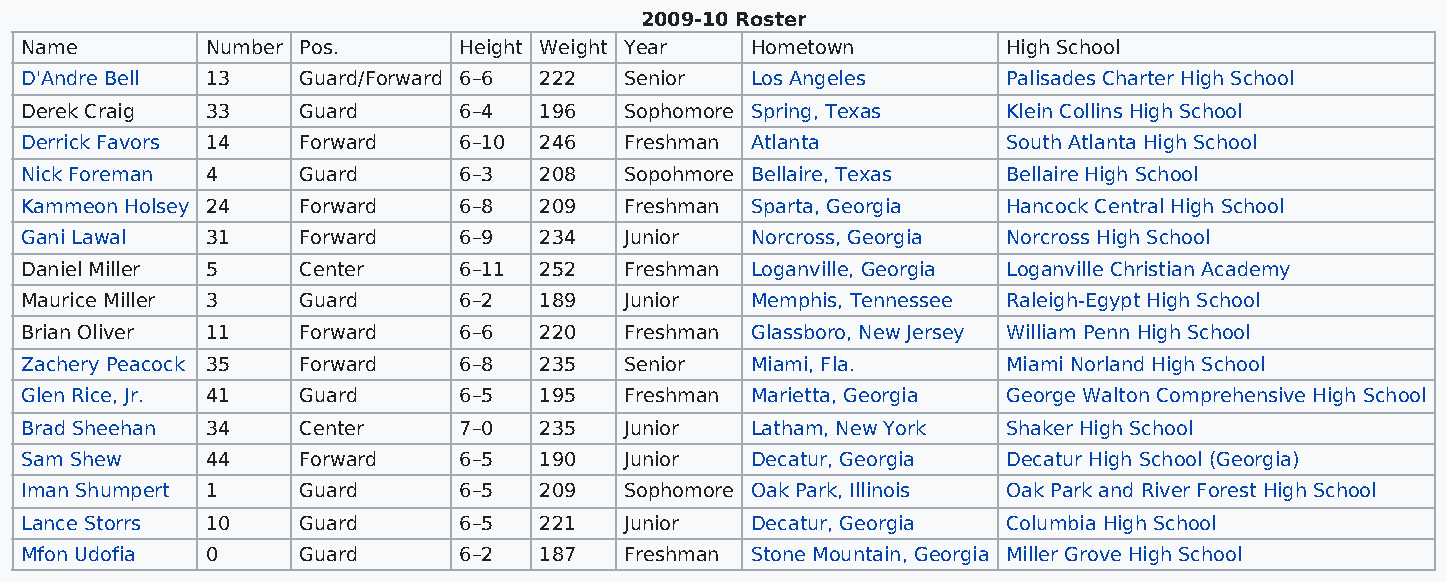
2009-10 Roster
 Name         Number Pos.     Height Weight Year  Hometown         High School
 D'Andre Bell 13    Guard/Forward 6–6 222 Senior  Los Angeles      Palisades Charter High School
 Derek Craig  33    Guard     6–4   196  Sophomore Spring, Texas   Klein Collins High School
 Derrick Favors 14  Forward   6–10  246  Freshman Atlanta          South Atlanta High School
 Nick Foreman 4     Guard     6–3   208  Sopohmore Bellaire, Texas Bellaire High School
 Kammeon Holsey 24  Forward   6–8   209  Freshman Sparta, Georgia  Hancock Central High School
 Gani Lawal   31    Forward   6–9   234  Junior   Norcross, Georgia Norcross High School
 Daniel Miller 5    Center    6–11  252  Freshman Loganville, Georgia Loganville Christian Academy
 Maurice Miller 3   Guard     6–2   189  Junior   Memphis, Tennessee Raleigh-Egypt High School
 Brian Oliver 11    Forward   6–6   220  Freshman Glassboro, New Jersey William Penn High School
 Zachery Peacock 35 Forward   6–8   235  Senior   Miami, Fla.      Miami Norland High School
 Glen Rice, Jr. 41  Guard     6–5   195  Freshman Marietta, Georgia George Walton Comprehensive High School
 Brad Sheehan 34    Center    7–0   235  Junior   Latham, New York Shaker High School
 Sam Shew     44    Forward   6–5   190  Junior   Decatur, Georgia Decatur High School (Georgia)
 Iman Shumpert 1    Guard     6–5   209  Sophomore Oak Park, Illinois Oak Park and River Forest High School
 Lance Storrs 10    Guard     6–5   221  Junior   Decatur, Georgia Columbia High School
 Mfon Udofia  0     Guard     6–2   187  Freshman Stone Mountain, Georgia Miller Grove High School